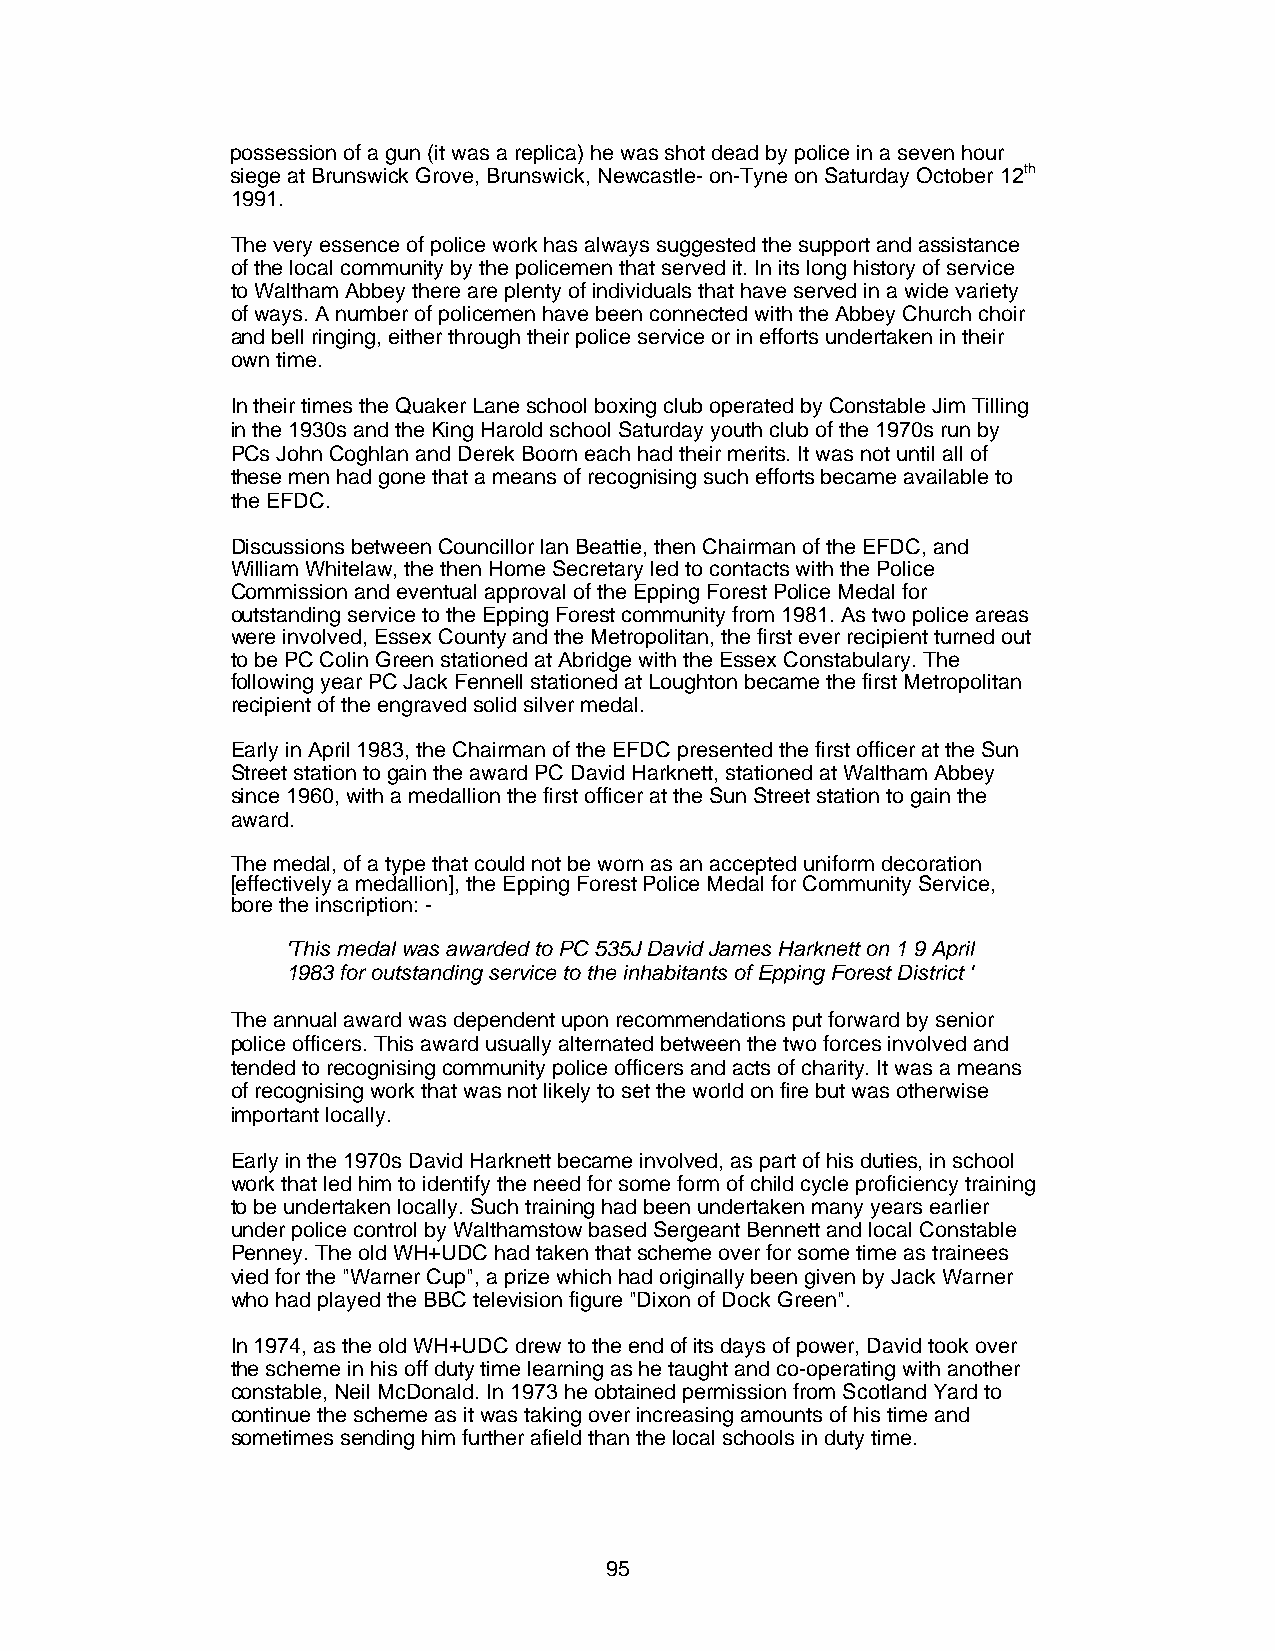
possession of a gun (it was a replica) he was shot dead by police in a seven hour
 siege at Brunswick Grove, Brunswick, Newcastle- on-Tyne on Saturday October 12th
 1991.
 The very essence of police work has always suggested the support and assistance
 of the local community by the policemen that served it. In its long history of service
 to Waltham Abbey there are plenty of individuals that have served in a wide variety
 of ways. A number of policemen have been connected with the Abbey Church choir
 and bell ringing, either through their police service or in efforts undertaken in their
 own time.
 In their times the Quaker Lane school boxing club operated by Constable Jim Tilling
 in the 1930s and the King Harold school Saturday youth club of the 1970s run by
 PCs John Coghlan and Derek Boorn each had their merits. It was not until all of
 these men had gone that a means of recognising such efforts became available to
 the EFDC.
 Discussions between Councillor lan Beattie, then Chairman of the EFDC, and
 William Whitelaw, the then Home Secretary led to contacts with the Police
 Commission and eventual approval of the Epping Forest Police Medal for
 outstanding service to the Epping Forest community from 1981. As two police areas
 were involved, Essex County and the Metropolitan, the first ever recipient turned out
 to be PC Colin Green stationed at Abridge with the Essex Constabulary. The
 following year PC Jack Fennell stationed at Loughton became the first Metropolitan
 recipient of the engraved solid silver medal.
 Early in April 1983, the Chairman of the EFDC presented the first officer at the Sun
 Street station to gain the award PC David Harknett, stationed at Waltham Abbey
 since 1960, with a medallion the first officer at the Sun Street station to gain the
 award.
 The medal, of a type that could not be worn as an accepted uniform decoration
 [effectively a medallion], the Epping Forest Police Medal for Community Service,
 bore the inscription: -
 'This medal was awarded to PC 535J David James Harknett on 1 9 April
 1983 for outstanding service to the inhabitants of Epping Forest District '
 The annual award was dependent upon recommendations put forward by senior
 police officers. This award usually alternated between the two forces involved and
 tended to recognising community police officers and acts of charity. It was a means
 of recognising work that was not likely to set the world on fire but was otherwise
 important locally.
 Early in the 1970s David Harknett became involved, as part of his duties, in school
 work that led him to identify the need for some form of child cycle proficiency training
 to be undertaken locally. Such training had been undertaken many years earlier
 under police control by Walthamstow based Sergeant Bennett and local Constable
 Penney. The old WH+UDC had taken that scheme over for some time as trainees
 vied for the "Warner Cup", a prize which had originally been given by Jack Warner
 who had played the BBC television figure "Dixon of Dock Green".
 In 1974, as the old WH+UDC drew to the end of its days of power, David took over
 the scheme in his off duty time learning as he taught and co-operating with another
 constable, Neil McDonald. In 1973 he obtained permission from Scotland Yard to
 continue the scheme as it was taking over increasing amounts of his time and
 sometimes sending him further afield than the local schools in duty time.
 95